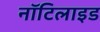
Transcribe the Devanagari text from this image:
नॉटिलाइड